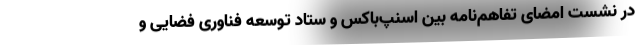
در نشست امضای تفاهم‌نامه بین اسنپ‌باکس و ستاد توسعه فناوری فضایی و